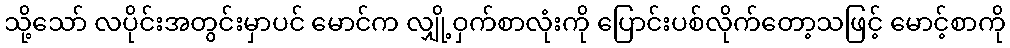
သို့သော် လပိုင်းအတွင်းမှာပင် မောင်က လျှို့ဝှက်စာလုံးကို ပြောင်းပစ်လိုက်တော့သဖြင့် မောင့်စာကို